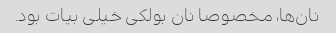
نان‌ها، مخصوصا نان بولکی خیلی بیات بود.